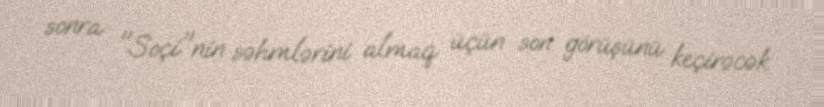
sonra "Soçi"nin səhmlərini almaq üçün son görüşünü keçirəcək.